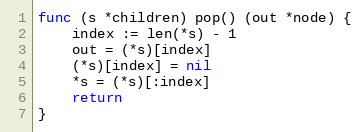
Language: Go
func (s *children) pop() (out *node) {
	index := len(*s) - 1
	out = (*s)[index]
	(*s)[index] = nil
	*s = (*s)[:index]
	return
}